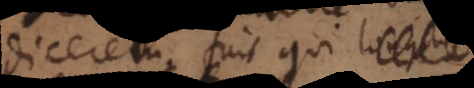
dicerem. Fuit qui